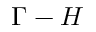
\Gamma - H